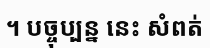
។ បច្ចុប្បន្ន នេះ សំពត់